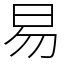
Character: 易